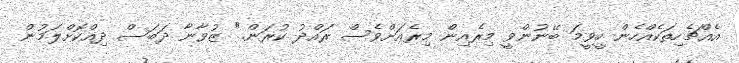
އެއްޗެހިތަކެއްހެން ހީވީމަ ބޭނުންވީ މިރެއިން މިރެއަށްވެސް ރައްދު ކުރަން." ޒުވާނާ ދަބަސް ދިއްކޮށްލަމުން